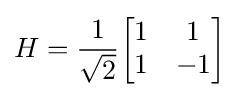
H={\frac {1}{\sqrt {2}}}{\begin{bmatrix}1&1\\1&-1\end{bmatrix}}